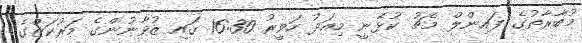
މުބާރާތުގެ ފައިންލް މެޗު ކުޅޭނީ މިއަދު ހަވީރު 16:30 ގައި ޒުވާނުންގެ މަރުކަޒްގެ